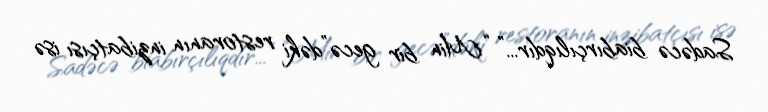
Sadəcə biabırçılıqdır...” “Min bir gecə”dəki restoranın inzibatçısı isə